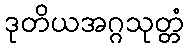
ဒုတိယအဂ္ဂသုတ္တံ